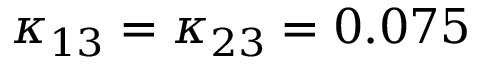
\kappa _ { 1 3 } = \kappa _ { 2 3 } = 0 . 0 7 5